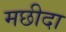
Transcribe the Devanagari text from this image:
मछीदा